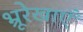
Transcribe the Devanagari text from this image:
भ्रूरेखाएँ